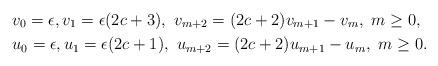
LaTeX: \begin{align*}& v_{0}=\epsilon,v_{1}=\epsilon(2c+3),\ v_{m+2}=(2c+2)v_{m+1}-v_{m},\ m\geq0,\\& u_{0}=\epsilon,u_{1}=\epsilon(2c+1),\ u_{m+2}=(2c+2)u_{m+1}-u_{m},\ m\geq0.\end{align*}